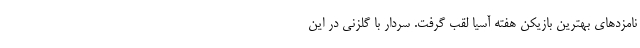
نامزد‌های بهترین بازیکن هفته آسیا لقب گرفت. سردار با گلزنی در این